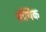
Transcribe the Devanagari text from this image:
सौर्यिक